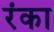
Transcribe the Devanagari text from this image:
रंका